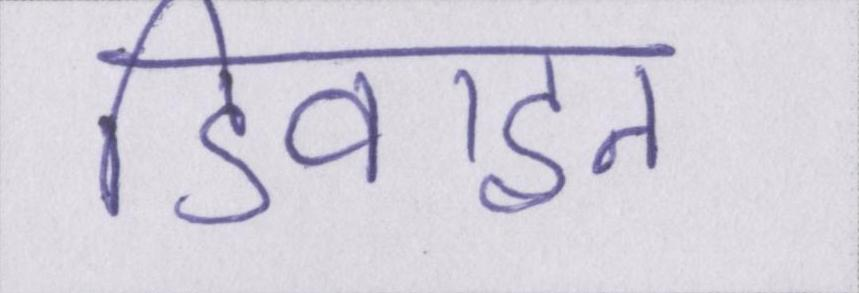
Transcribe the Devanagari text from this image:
डिवाइन